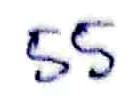
55